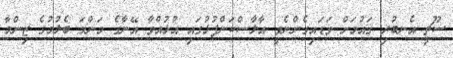
ސޫޗީ އެނބުރި ޤައުމަށް ވަޑައިގެންނެވީ އާލާސްކަންފުޅުގައި އުޅުއްވާ އޭނާގެ މަންމަ ބެލުމުގެ ޒިންމާ